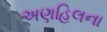
અણહિલના